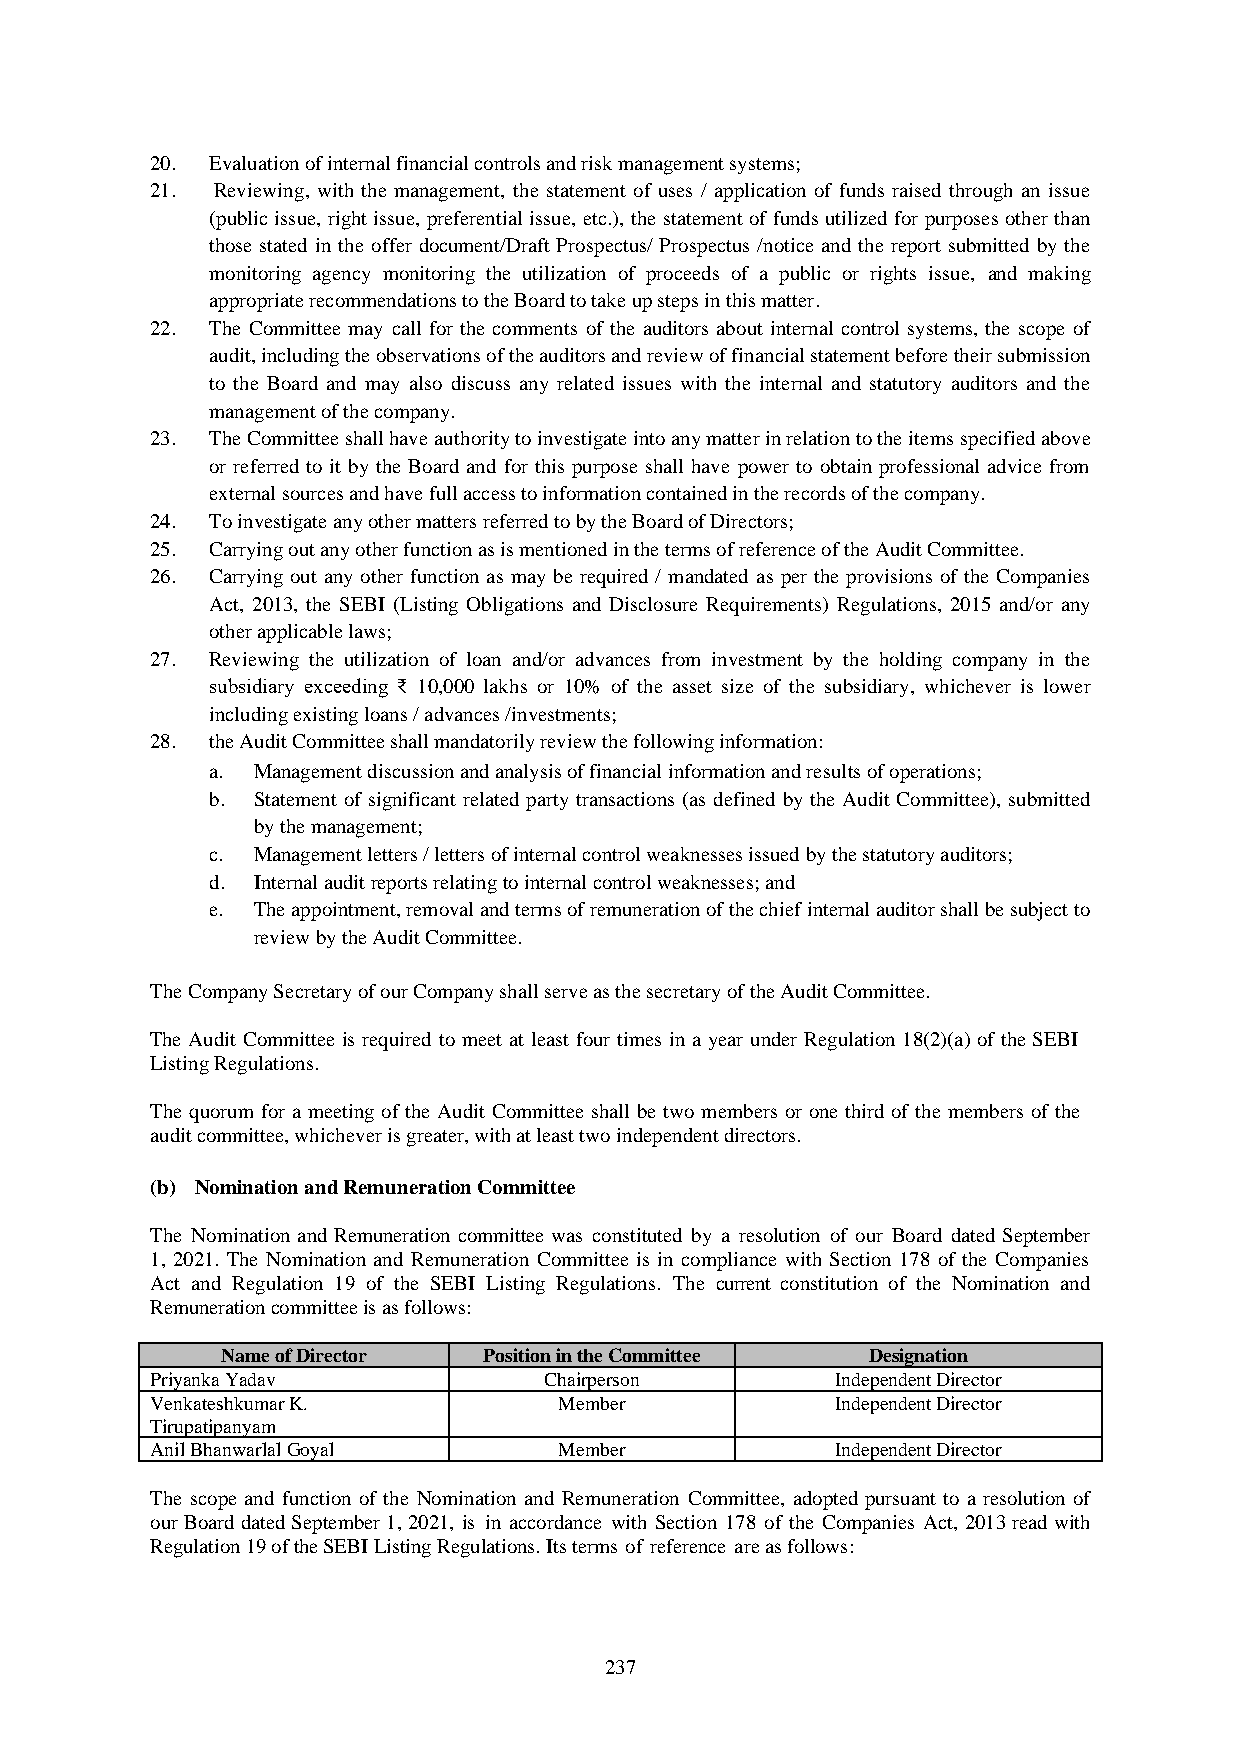
20. Evaluation of internal financial controls and risk management systems;
 21. Reviewing, with the management, the statement of uses / application of funds raised through an issue
 (public issue, right issue, preferential issue, etc.), the statement of funds utilized for purposes other than
 those stated in the offer document/Draft Prospectus/ Prospectus /notice and the report submitted by the
 monitoring agency monitoring the utilization of proceeds of a public or rights issue, and making
 appropriate recommendations to the Board to take up steps in this matter.
 22. The Committee may call for the comments of the auditors about internal control systems, the scope of
 audit, including the observations of the auditors and review of financial statement before their submission
 to the Board and may also discuss any related issues with the internal and statutory auditors and the
 management of the company.
 23. The Committee shall have authority to investigate into any matter in relation to the items specified above
 or referred to it by the Board and for this purpose shall have power to obtain professional advice from
 external sources and have full access to information contained in the records of the company.
 24. To investigate any other matters referred to by the Board of Directors;
 25. Carrying out any other function as is mentioned in the terms of reference of the Audit Committee.
 26. Carrying out any other function as may be required / mandated as per the provisions of the Companies
 Act, 2013, the SEBI (Listing Obligations and Disclosure Requirements) Regulations, 2015 and/or any
 other applicable laws;
 27. Reviewing the utilization of loan and/or advances from investment by the holding company in the
 subsidiary exceeding ₹ 10,000 lakhs or 10% of the asset size of the subsidiary, whichever is lower
 including existing loans / advances /investments;
 28. the Audit Committee shall mandatorily review the following information:
 a. Manag ement discussion and analysis of financial information and results of operations;
 b. Statement of significant related party transactions (as defined by the Audit Committee), submitted
 by the management;
 c. Management letters / letters of internal control weaknesses issued by the statutory auditors;
 d. Internal audit reports relating to internal control weaknesses; and
 e. The appointment, removal and terms of remuneration of the chief internal auditor shall be subject to
 review by the Audit Committee.
 The Company Secretary of our Company shall serve as the secretary of the Audit Committee.
 The Audit Committee is required to meet at least four times in a year under Regulation 18(2)(a) of the SEBI
 Listing Regulations.
 The quorum for a meeting of the Audit Committee shall be two members or one third of the members of the
 audit committee, whichever is greater, with at least two independent directors.
 (b) Nomination and Remuneration Committee
 The Nomination and Remuneration committee was constituted by a resolution of our Board dated September
 1, 2021. The Nomination and Remuneration Committee is in compliance with Section 178 of the Companies
 Act and Regulation 19 of the SEBI Listing Regulations. The current constitution of the Nomination and
 Remuneration committee is as follows:
 Name of Director Position in the Committee Designation
 Priyanka Yadav            Chairperson        Independent Director
 Venkateshkumar K.          Member            Independent Director
 Tirupatipanyam
 Anil Bhanwarlal Goyal      Member            Independent Director
 The scope and function of the Nomination and Remuneration Committee, adopted pursuant to a resolution of
 our Board dated September 1, 2021, is in accordance with Section 178 of the Companies Act, 2013 read with
 Regulation 19 of the SEBI Listing Regulations. Its terms of reference are as follows:
 237